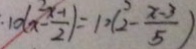
1 0 ( x - \frac { x - 1 } { 2 } ) = 1 0 ( 2 - \frac { x - 3 } { 5 } )